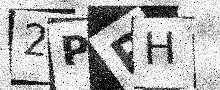
Text: 2PPH